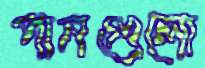
পানগুলো